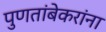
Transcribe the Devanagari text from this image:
पुणतांबेकरांना